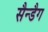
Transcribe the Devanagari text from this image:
सैन्डैग